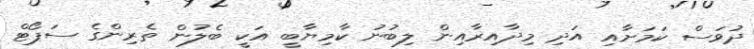
ދުވަސް ކަމަށާއި އަދި މިދާއިރާއިން ލިބުނު ކާމިޔާބީ އަކީ ބެލުން ތެރިންގެ ސަޕޯޓް